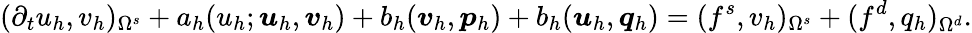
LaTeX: (\partial_{t}u_{h},v_{h})_{\Omega^{s}}+a_{h}(u_{h};\boldsymbol{u}_{h},\boldsymbol{v}_{h})+b_{h}(\boldsymbol{v}_{h},\boldsymbol{p}_{h})+b_{h}(\boldsymbol{u}_{h},\boldsymbol{q}_{h})=(f^{s},v_{h})_{\Omega^{s}}+(f^{d},q_{h})_{\Omega^{d}}.